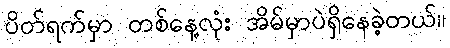
ပိတ်ရက်မှာ တစ်နေ့လုံး အိမ်မှာပဲရှိနေခဲ့တယ်။